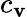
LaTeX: c_{\mathbf{v}}